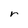
Character: r